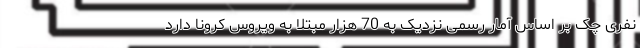
نفری چک بر اساس آمار رسمی نزدیک به 70 هزار مبتلا به ویروس کرونا دارد